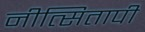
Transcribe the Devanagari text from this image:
नीत्सितापी